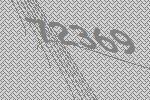
72369